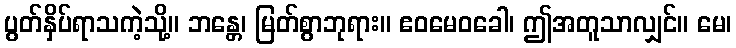
ပွတ်နှိပ်ရာသကဲ့သို့။ ဘန္တေ၊ မြတ်စွာဘုရား။ ဧဝမေဝခေါ၊ ဤအတူသာလျှင်။ မေ၊